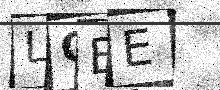
Text: LQBE